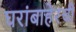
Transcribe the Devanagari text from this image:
घरांबाहेरची